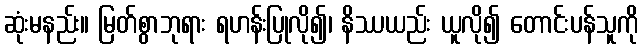
ဆုံးမနည်း။ မြတ်စွာဘုရား ရဟန်းပြုလို၍၊ နိဿယည်း ယူလို၍ တောင်းပန်သူကို